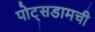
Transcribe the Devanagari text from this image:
पोट्सडामची